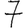
Digit: 7